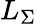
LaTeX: L_{\Sigma}